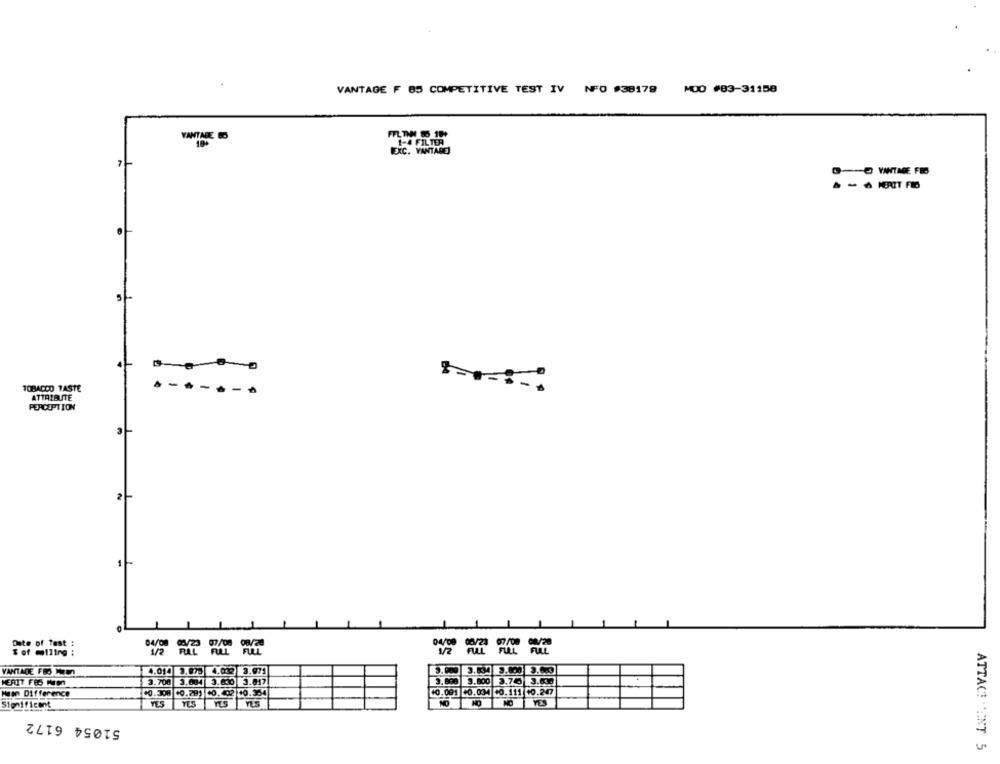
VANTAGE F 85 COMPETITIVE TEST IV NFO #38179
MOD #83-31158
VANTARE BO
7-
DO YANTME FIO
5
TOBACCO TASTE
-
ATTRIBUTE
PERCEPTION
2
1
s of miling :
.. ..
= = ==
VANTADE FEO NEM
4.014
3.5MM
3.700
3.00
3.600
3.817
3.898 9.800 3.76 3.630
MERIT FES NIM
Mean Difference
+0.308
10.291
+0.402 10.354
10.091 +0.034 +0.111 10.247
Significant
YES
NO
51054 6172
ATTACT "ANT 5